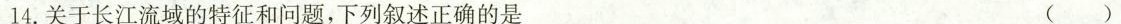
14.关于长江流域的特征和问题，下列叙述正确的是 ()